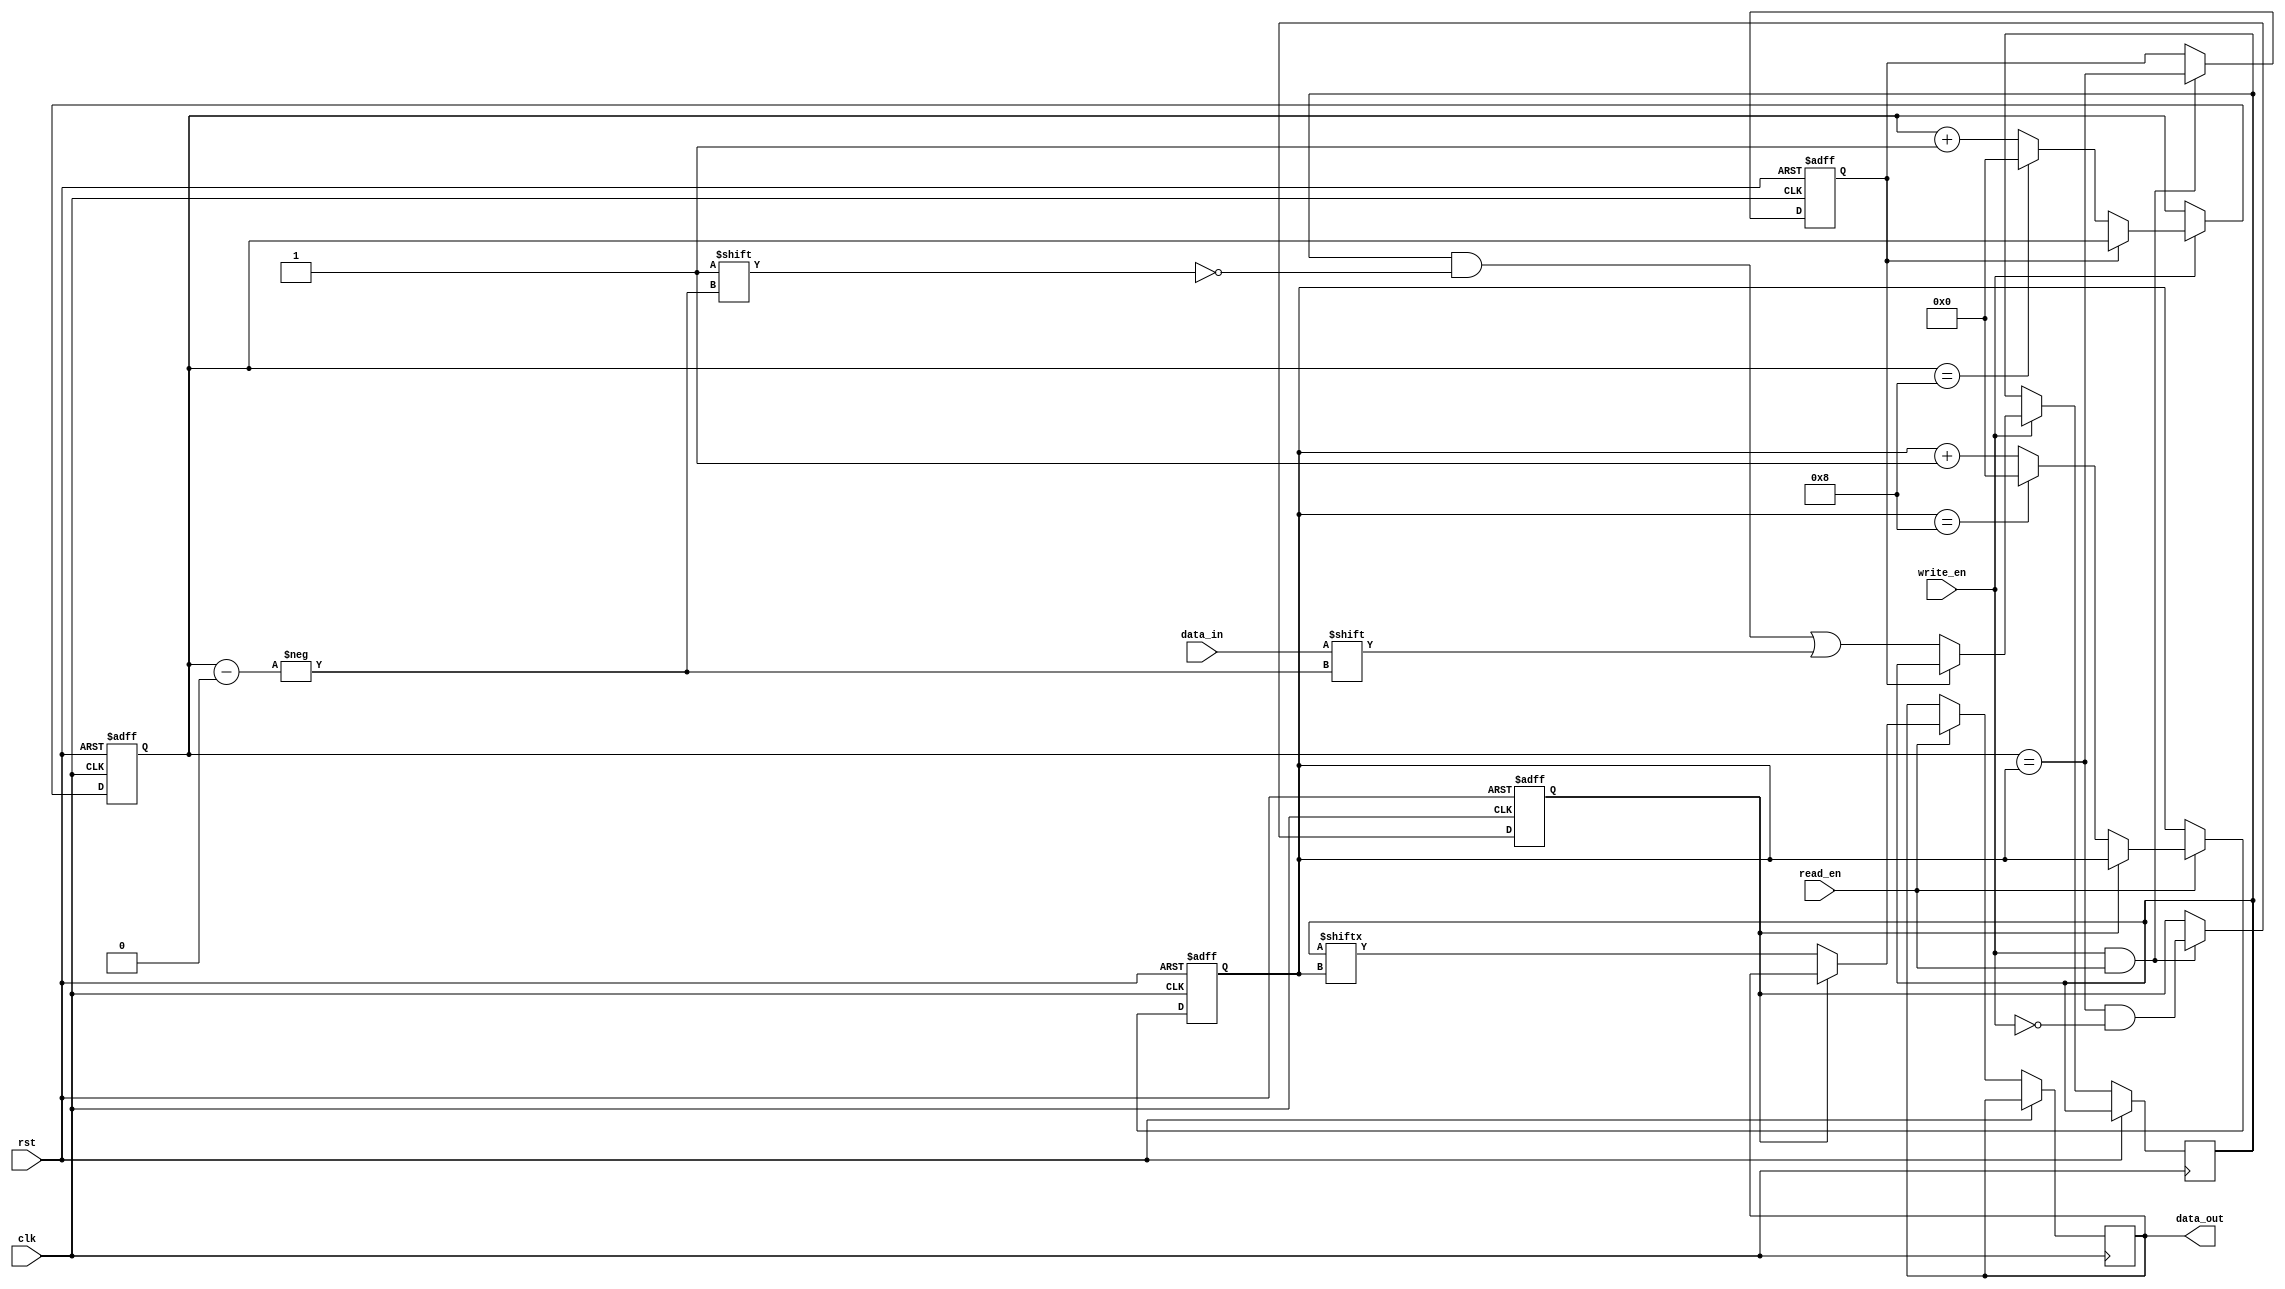
module fifo_buffer (
  input wire clk, 
  input wire rst, 
  input wire write_en, 
  input wire read_en, 
  input wire data_in, 
  output reg data_out 
);

//Parameters
parameter BUFFER_DEPTH = 8;

//Internal signals
reg [BUFFER_DEPTH-1:0] fifo_mem;
reg [BUFFER_DEPTH-1:0] read_ptr;
reg [BUFFER_DEPTH-1:0] write_ptr;

//Full/Empty flags
reg full;
reg empty;

//Clock edge detection
reg prev_clk;
always @(posedge clk or posedge rst) begin
  if (rst) begin
    prev_clk <= 1'b0;
  end else begin
    prev_clk <= clk;
  end
end

//FIFO buffer logic
always @(posedge clk or posedge rst) begin
  if (rst) begin
    read_ptr <= 0;
    write_ptr <= 0;
    full <= 1'b0;
    empty <= 1'b1;
  end else begin
    if (write_en) begin
      if (!full) begin
        fifo_mem[write_ptr] <= data_in;
        write_ptr <= write_ptr + 1;
        if (write_ptr == BUFFER_DEPTH) begin
          write_ptr <= 0;
        end
      end
    end

    if (read_en) begin
      if (!empty) begin
        data_out <= fifo_mem[read_ptr];
        read_ptr <= read_ptr + 1;
        if (read_ptr == BUFFER_DEPTH) begin
          read_ptr <= 0;
        end
      end
    end

    if (write_en && read_en) begin
      full <= (write_ptr == read_ptr);
      empty <= (write_ptr == read_ptr && !write_en);
    end
  end
end

endmodule